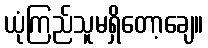
ယုံကြည်သူမရှိတော့ချေ။